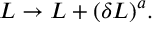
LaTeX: { \cal L } \rightarrow { \cal L } + ( \delta { \cal L } ) ^ { a } .